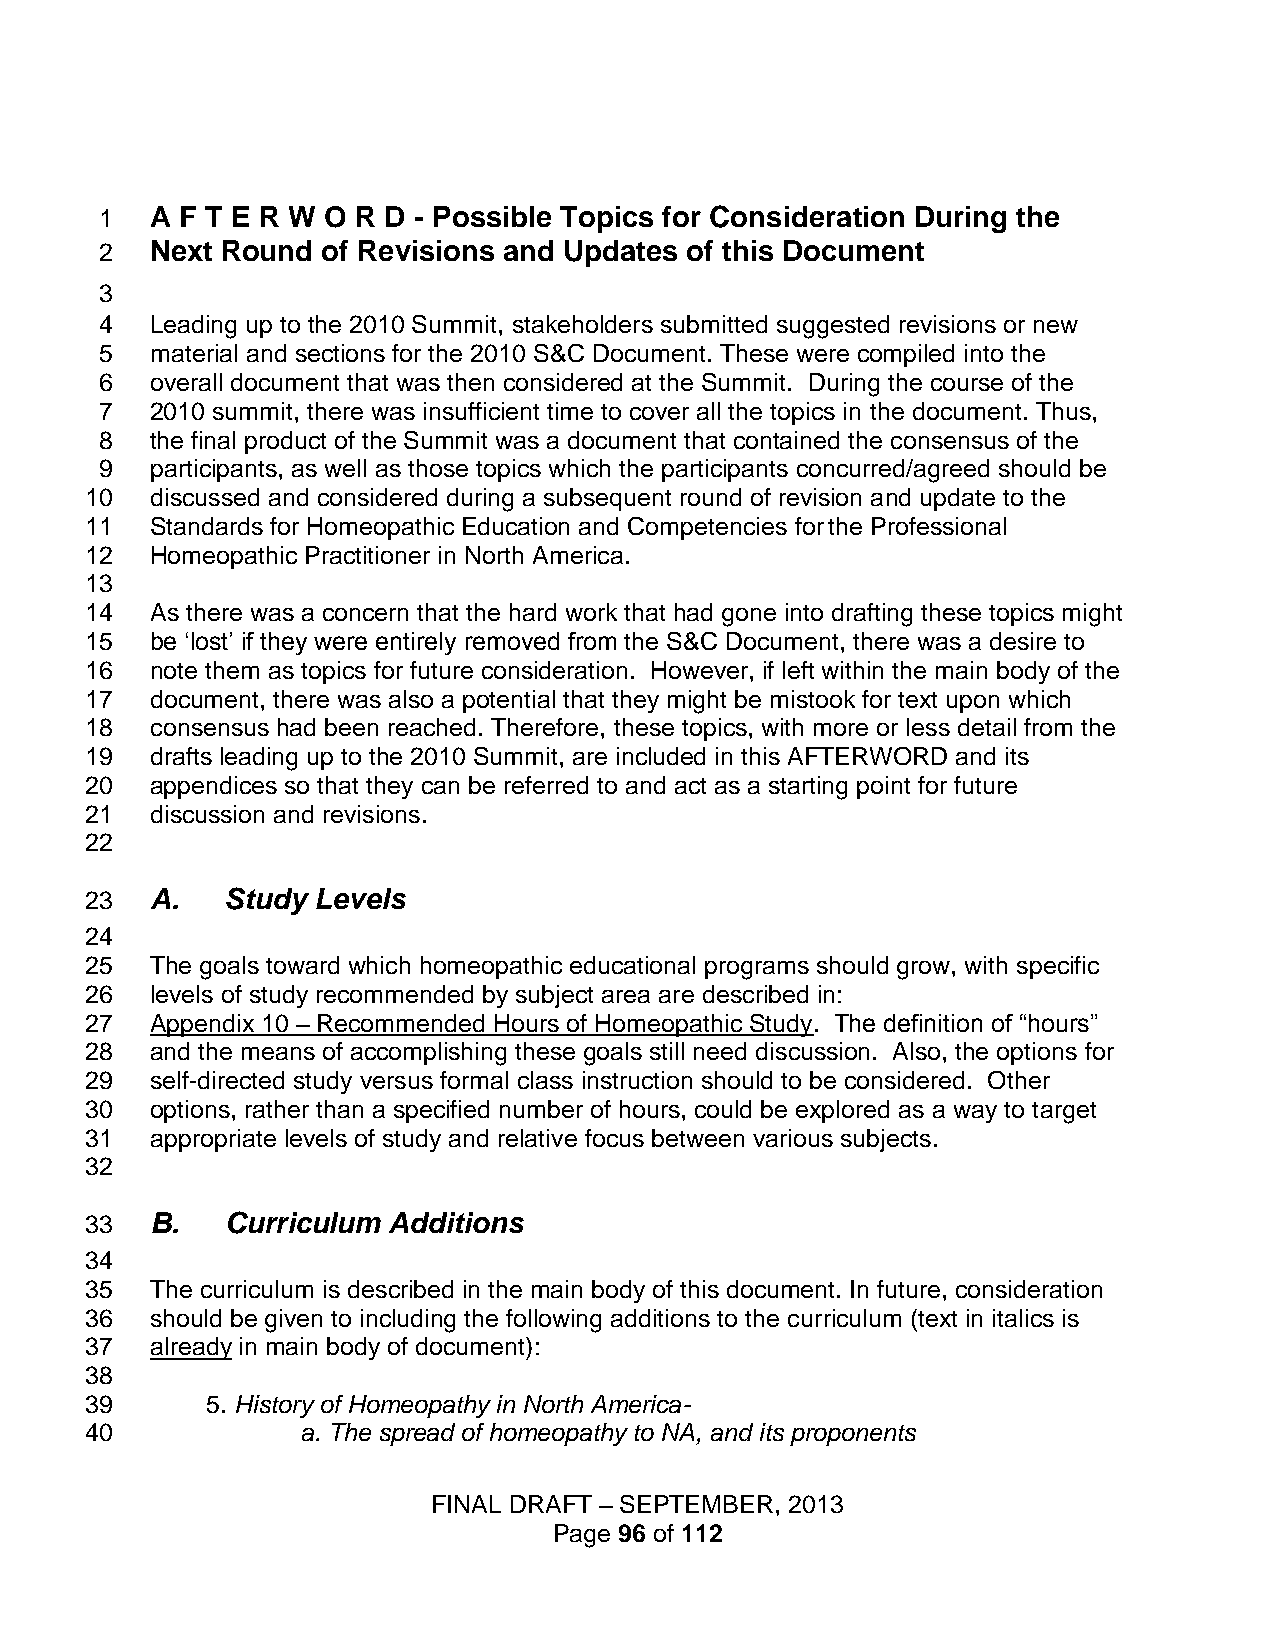
1  A F T E R W O R D - Possible Topics for Consideration During the
 2  Next Round of Revisions and Updates of this Document
 3
 4  Leading up to the 2010 Summit, stakeholders submitted suggested revisions or new
 5  material and sections for the 2010 S&C Document. These were compiled into the
 6  overall document that was then considered at the Summit. During the course of the
 7  2010 summit, there was insufficient time to cover all the topics in the document. Thus,
 8  the final product of the Summit was a document that contained the consensus of the
 9  participants, as well as those topics which the participants concurred/agreed should be
 10  discussed and considered during a subsequent round of revision and update to the
 11  Standards for Homeopathic Education and Competencies for the Professional
 12  Homeopathic Practitioner in North America.
 13
 14  As there was a concern that the hard work that had gone into drafting these topics might
 15  be ‘lost’ if they were entirely removed from the S&C Document, there was a desire to
 16  note them as topics for future consideration. However, if left within the main body of the
 17  document, there was also a potential that they might be mistook for text upon which
 18  consensus had been reached. Therefore, these topics, with more or less detail from the
 19  drafts leading up to the 2010 Summit, are included in this AFTERWORD and its
 20  appendices so that they can be referred to and act as a starting point for future
 21  discussion and revisions.
 22
 23  A.   Study Levels
 24
 25  The goals toward which homeopathic educational programs should grow, with specific
 26  levels of study recommended by subject area are described in:
 27  Appendix 10 – Recommended Hours of Homeopathic Study. The definition of “hours”
 28  and the means of accomplishing these goals still need discussion. Also, the options for
 29  self-directed study versus formal class instruction should to be considered. Other
 30  options, rather than a specified number of hours, could be explored as a way to target
 31  appropriate levels of study and relative focus between various subjects.
 32
 33  B.   Curriculum Additions
 34
 35  The curriculum is described in the main body of this document. In future, consideration
 36  should be given to including the following additions to the curriculum (text in italics is
 37  already in main body of document):
 38
 39      5. History of Homeopathy in North America-
 40            a. The spread of homeopathy to NA, and its proponents
 FINAL DRAFT – SEPTEMBER, 2013
 Page 96 of 112